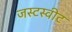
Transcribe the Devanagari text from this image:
जस्टस्वीट